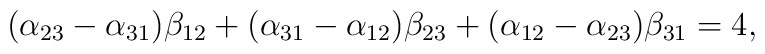
(\alpha_{23} - \alpha_{31}) \beta_{12} + (\alpha_{31} - \alpha_{12}) \beta_{23}  + (\alpha_{12} - \alpha_{23}) \beta_{31} = 4,